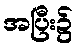
အပြီး၌